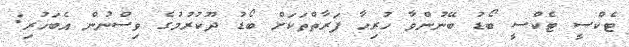
ޓެކްސީ ޓެކްސީ ބޯޑު ބޭނުންވާ ހުރިހާ ފަރާތްތަކަށް ބޯޑު ދޫކުރުމުގެ ވިސްނުން އެބަހުރި: